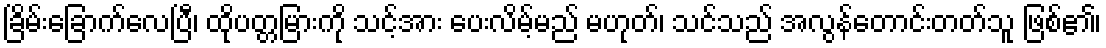
ခြိမ်းခြောက်လေပြီ၊ ထိုပတ္တမြားကို သင့်အား ပေးလိမ့်မည် မဟုတ်၊ သင်သည် အလွန်တောင်းတတ်သူ ဖြစ်၏၊